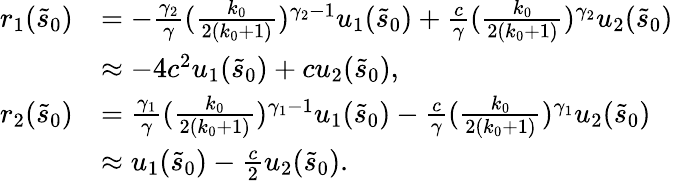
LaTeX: \begin{array}{rl}{r_{1}(\tilde{s}_{0})}&{=-\frac{\gamma_{2}}\gamma(\frac{k_{0}}{2(k_{0}+1)})^{\gamma_{2}-1}u_{1}(\tilde{s}_{0})+\frac c\gamma(\frac{k_{0}}{2(k_{0}+1)})^{\gamma_{2}}u_{2}(\tilde{s}_{0})}\\ &{\approx-4c^{2}u_{1}(\tilde{s}_{0})+cu_{2}(\tilde{s}_{0}),}\\ {r_{2}(\tilde{s}_{0})}&{=\frac{\gamma_{1}}\gamma(\frac{k_{0}}{2(k_{0}+1)})^{\gamma_{1}-1}u_{1}(\tilde{s}_{0})-\frac c\gamma(\frac{k_{0}}{2(k_{0}+1)})^{\gamma_{1}}u_{2}(\tilde{s}_{0})}\\ &{\approx u_{1}(\tilde{s}_{0})-\frac c2u_{2}(\tilde{s}_{0}).}\end{array}